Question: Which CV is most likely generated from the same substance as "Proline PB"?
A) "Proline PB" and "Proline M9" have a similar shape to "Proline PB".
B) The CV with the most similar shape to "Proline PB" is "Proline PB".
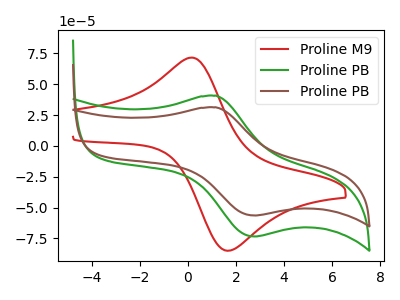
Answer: <think>The red curve "Proline M9" has an anodic peak at (0.15V, 71.60uA) and a cathodic peak at (1.75V, -84.95uA). The green curve "Proline PB" has an anodic peak at (1.15V, 40.70uA) and a cathodic peak at (2.75V, -73.50uA). The brown curve "Proline PB" has an anodic peak at (1.15V, 31.25uA) and a cathodic peak at (2.75V, -56.45uA).
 "Proline M9" and "Proline PB" have at least one peak that do not match. "Proline M9" and "Proline PB" have at least one peak that do not match. All the peaks in "Proline PB" have a peak in "Proline PB" at the same potential. Every peak in "Proline PB" is higher than every peak in "Proline PB".</think>
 <answer>B) The CV with the most similar shape to "Proline PB" is "Proline PB".</answer>
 <eval>B</eval>